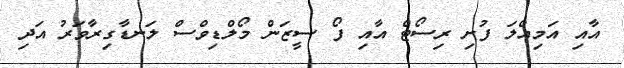
އާއި އަމިއްލަ ފުށި ރިސޯޓް އާއި ފޯ ސީޒަން މޯލްޑިވްސް ލަނޑާގިރާވަރު އަދި